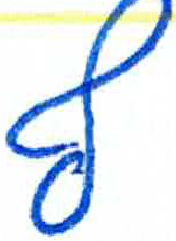
אות: ץ